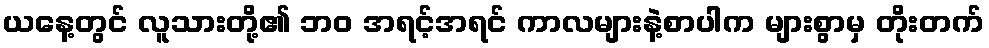
ယနေ့တွင် လူသားတို့၏ ဘဝ အရင့်အရင် ကာလများနဲ့စာပါက များစွာမှ တိုးတက်